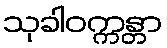
သုခါဝက္ကန္တာ